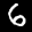
Label: 6